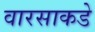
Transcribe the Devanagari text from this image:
वारसाकडे